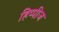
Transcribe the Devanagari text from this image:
हिप्पीज